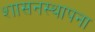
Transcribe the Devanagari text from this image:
शासनस्थापना